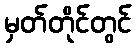
မှတ်တိုင်တွင်